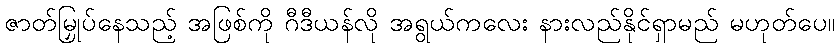
ဇာတ်မြှုပ်နေသည့် အဖြစ်ကို ဂီဒီယန်လို အရွယ်ကလေး နားလည်နိုင်ရှာမည် မဟုတ်ပေ။